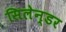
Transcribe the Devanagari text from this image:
सिलेन्डर